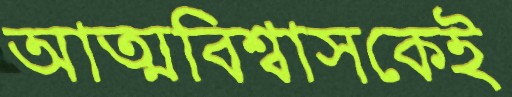
আত্মবিশ্বাসকেই